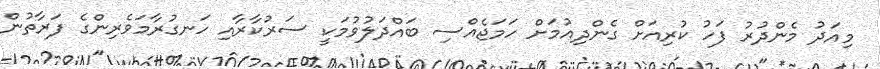
މިއަދު މެންދުރު ފަހު ކުރިއަށް ގެންދިއުމަށް ހަމަޖެއްސި ބައްދަލުވުމަކީ ސަރުކާރާއި ހަނގުރާމަވެރިންގެ ފަރާތުން